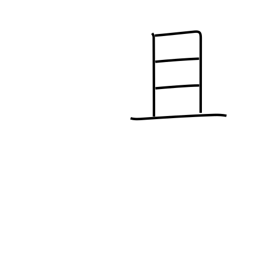
Meaning: moreover